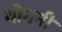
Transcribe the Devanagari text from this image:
योगनी